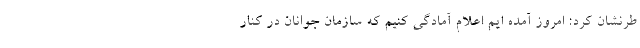
طرنشان کرد: امروز آمده ایم اعلام آمادگی کنیم که سازمان جوانان در کنار